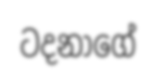
ටදනාගේ